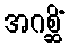
အဂစ္ဆိံ